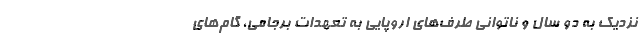
نزدیک به دو سال و ناتوانی طرف‌های اروپایی به تعهدات برجامی، گام‌های